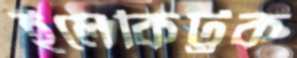
ইলেকিট্রক